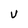
Character: V